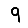
Digit: 9